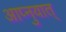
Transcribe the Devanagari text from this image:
आप्नुयात्